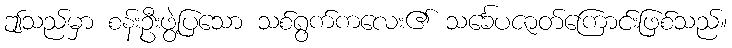
ဤသည်မှာ စန်းဦးဖွဲ့ပြသော သစ်ရွက်ကလေး၏ သင်္ခေပဇာတ်ကြောင်းဖြစ်သည်။